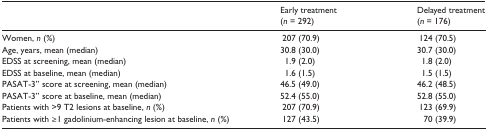
<table><thead><tr><td></td><td><b>Early treatment (<i>n</i> = 292)</b></td><td><b>Delayed treatment (<i>n</i> = 176)</b></td></tr></thead><tbody><tr><td>Women, <i>n</i> (%)</td><td>207 (70.9)</td><td>124 (70.5)</td></tr><tr><td>Age, years, mean (median)</td><td>30.8 (30.0)</td><td>30.7 (30.0)</td></tr><tr><td>EDSS at screening, mean (median)</td><td>1.9 (2.0)</td><td>1.8 (2.0)</td></tr><tr><td>EDSS at baseline, mean (median)</td><td>1.6 (1.5)</td><td>1.5 (1.5)</td></tr><tr><td>PASAT-3” score at screening, mean (median)</td><td>46.5 (49.0)</td><td>46.2 (48.5)</td></tr><tr><td>PASAT-3” score at baseline, mean (median)</td><td>52.4 (55.0)</td><td>52.8 (55.0)</td></tr><tr><td>Patients with &gt;9 T2 lesions at baseline, <i>n</i> (%)</td><td>207 (70.9)</td><td>123 (69.9)</td></tr><tr><td>Patients with ≥1 gadolinium-enhancing lesion at baseline, <i>n</i> (%)</td><td>127 (43.5)</td><td>70 (39.9)</td></tr></tbody></table>